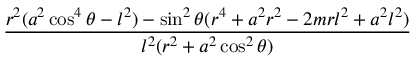
\frac { r ^ { 2 } ( a ^ { 2 } \cos ^ { 4 } \theta - l ^ { 2 } ) - \sin ^ { 2 } \theta ( r ^ { 4 } + a ^ { 2 } r ^ { 2 } - 2 m r l ^ { 2 } + a ^ { 2 } l ^ { 2 } ) } { l ^ { 2 } ( r ^ { 2 } + a ^ { 2 } \cos ^ { 2 } \theta ) }